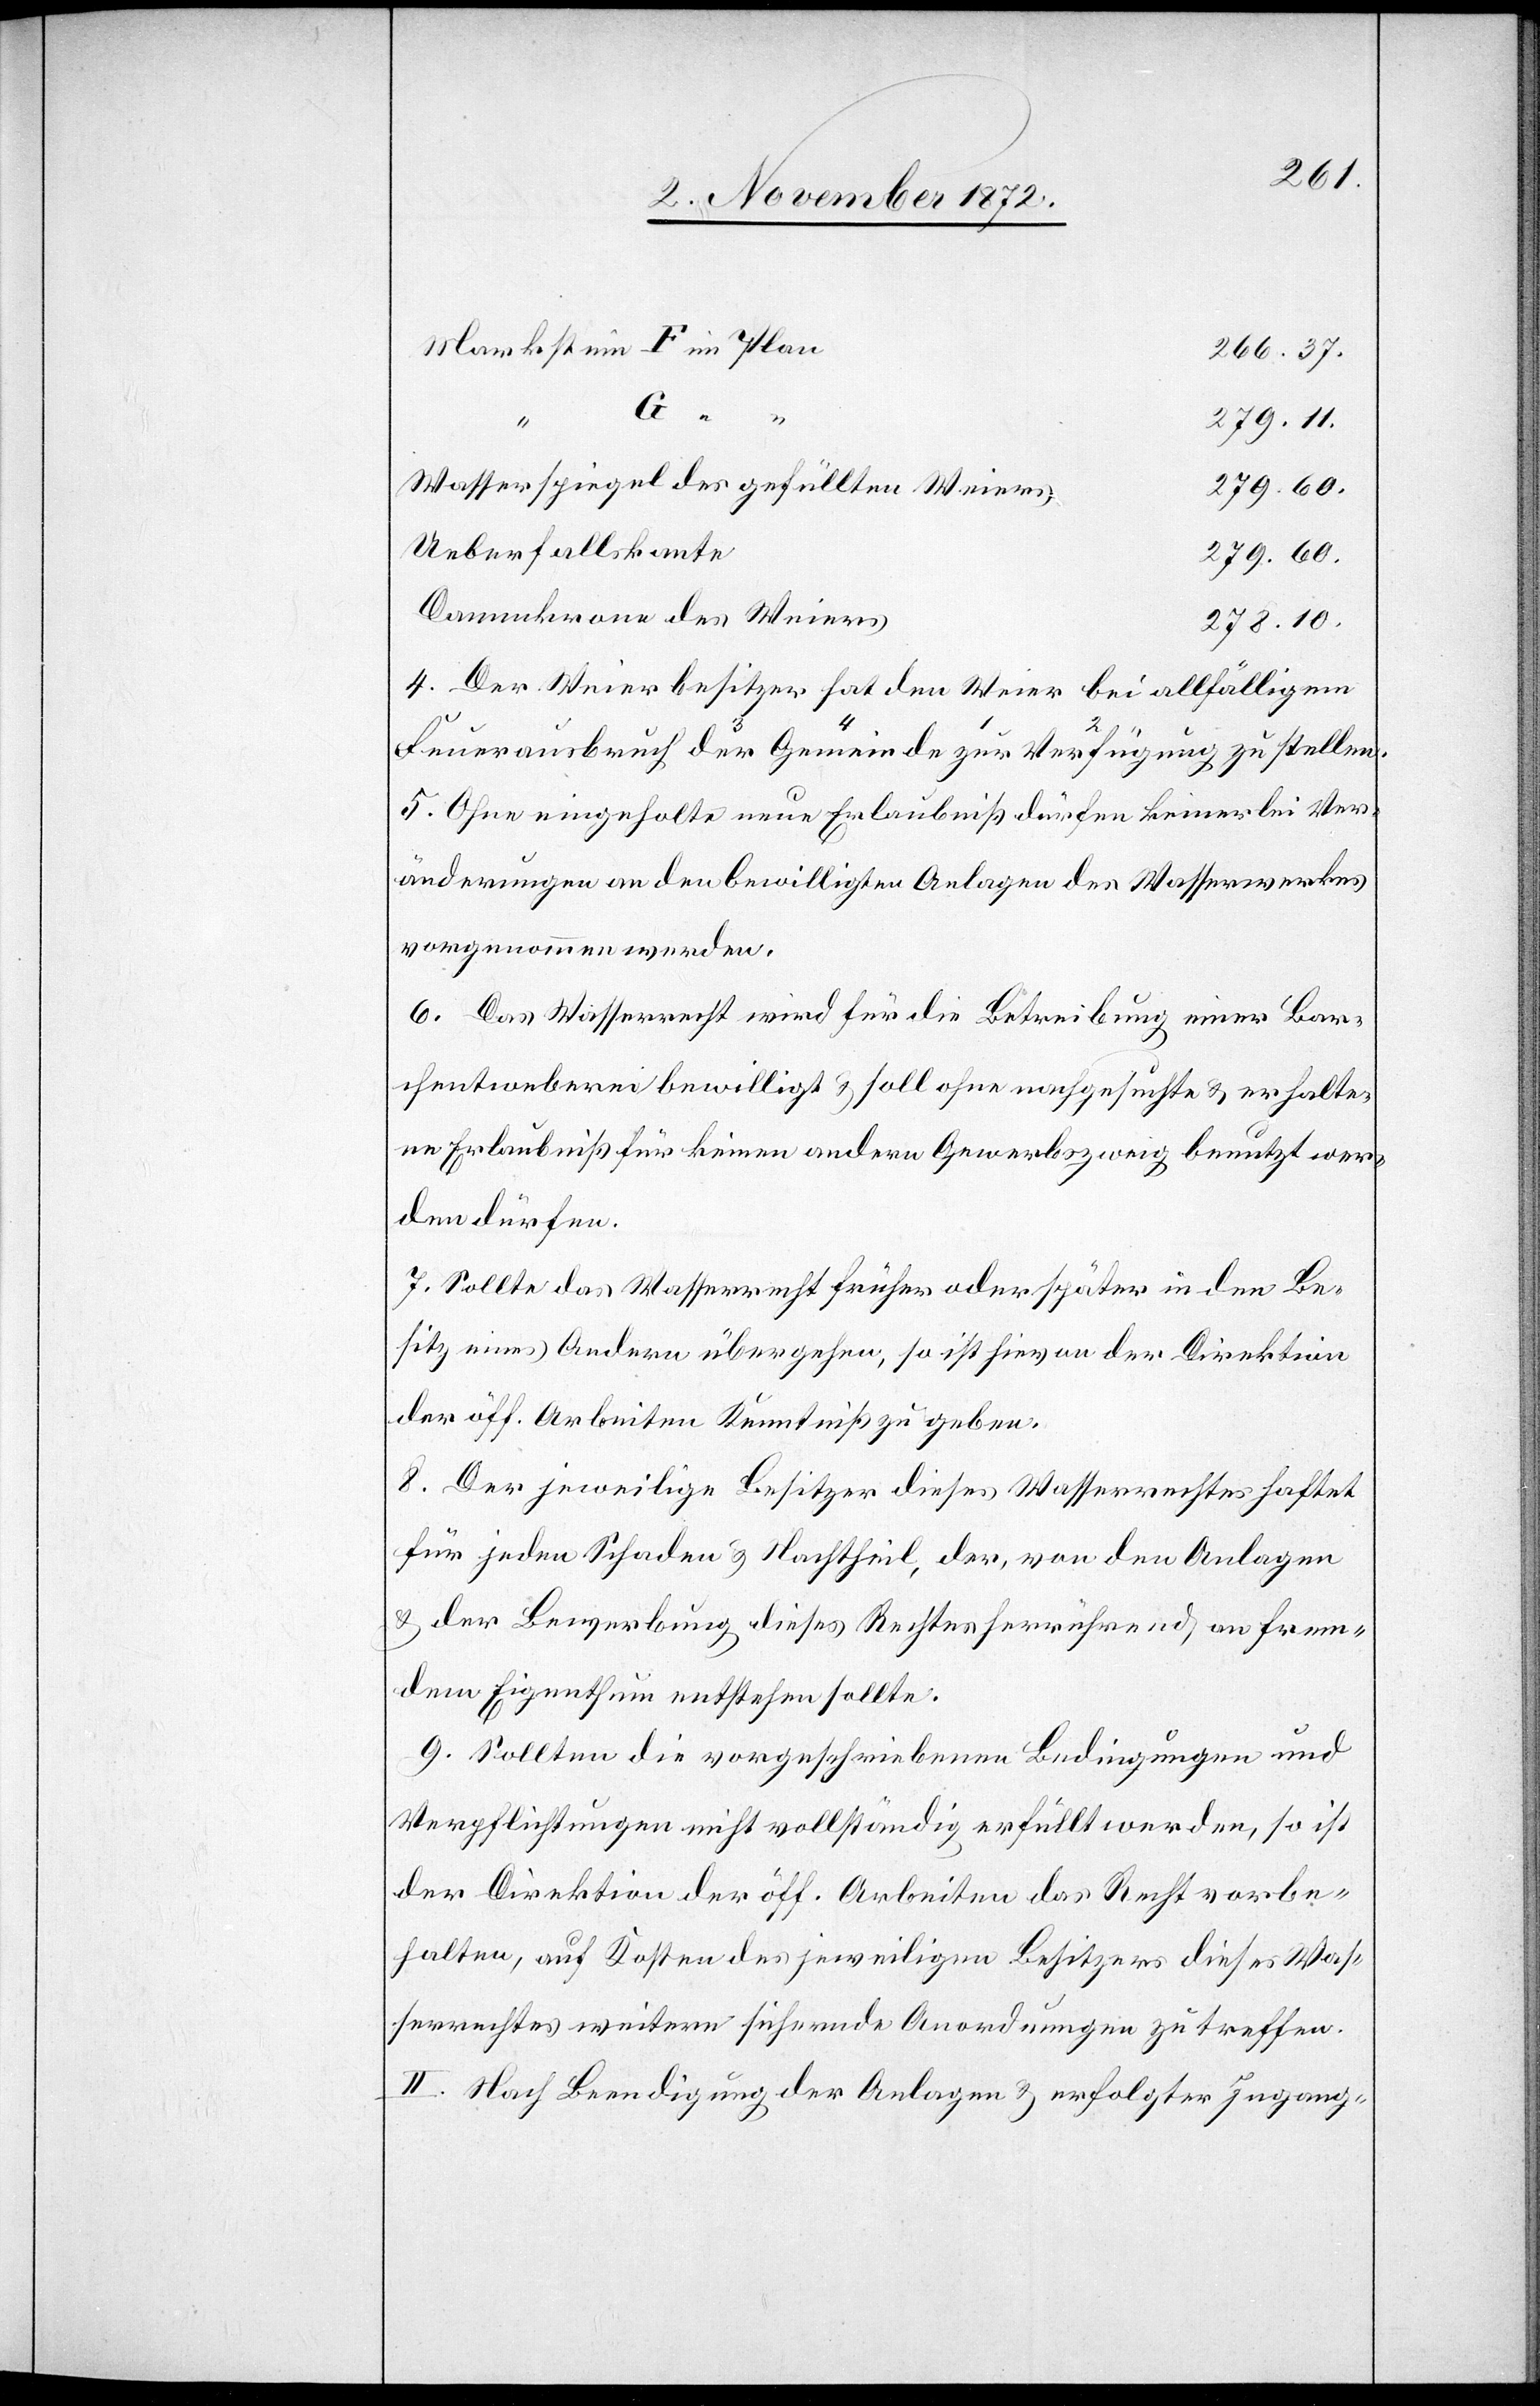
Markstein F im Plan
266.37.
279.11.
Wasserspiegel des gefüllten Weiers
279.60.
Ueberfallskante
279.60.
Dammkrone des Weiers
278.10.
4. Der Weierbesitzer hat den Weier bei allfälligem
Feuerausbruch der Gemeinde zur Verfügung zu stellen.
5. Ohne eingeholte neue Erlaubniß dürfen keinerlei Ver¬
änderungen an den bewilligten Anlagen des Wasserwerkes
vorgenommen werden.
6. Das Wasserrecht wird für die Betreibung einer Bar¬
chentweberei bewilligt u. soll ohne nachgesuchte u. erhalte¬
ne Erlaubniß für keinen andern Gewerbszweig benutzt wer¬
den dürfen.
7. Sollte das Wasserrecht früher oder später in den Be¬
sitz eines Andern übergehen, so ist hievon der Direktion
der öff. Arbeiten Kenntniß zu geben.
8. Der jeweilige Besitzer dieses Wasserrechtes haftet
für jeden Schaden u. Nachtheil, der, von den Anlagen
u. der Bewerbung dieses Rechtes herrührend, an frem¬
dem Eigenthum entstehen sollte.
9. Sollten die vorgeschriebenen Bedingungen und
Verpflichtungen nicht vollständig erfüllt werden, so ist
der Direktion der öff. Arbeiten das Recht vorbe¬
halten, auf Kosten des jeweiligen Besitzers dieses Was¬
serrechtes weitere sichernde Anordnungen zu treffen.
II. Nach Beendigung der Anlagen u. erfolgter Ingang-